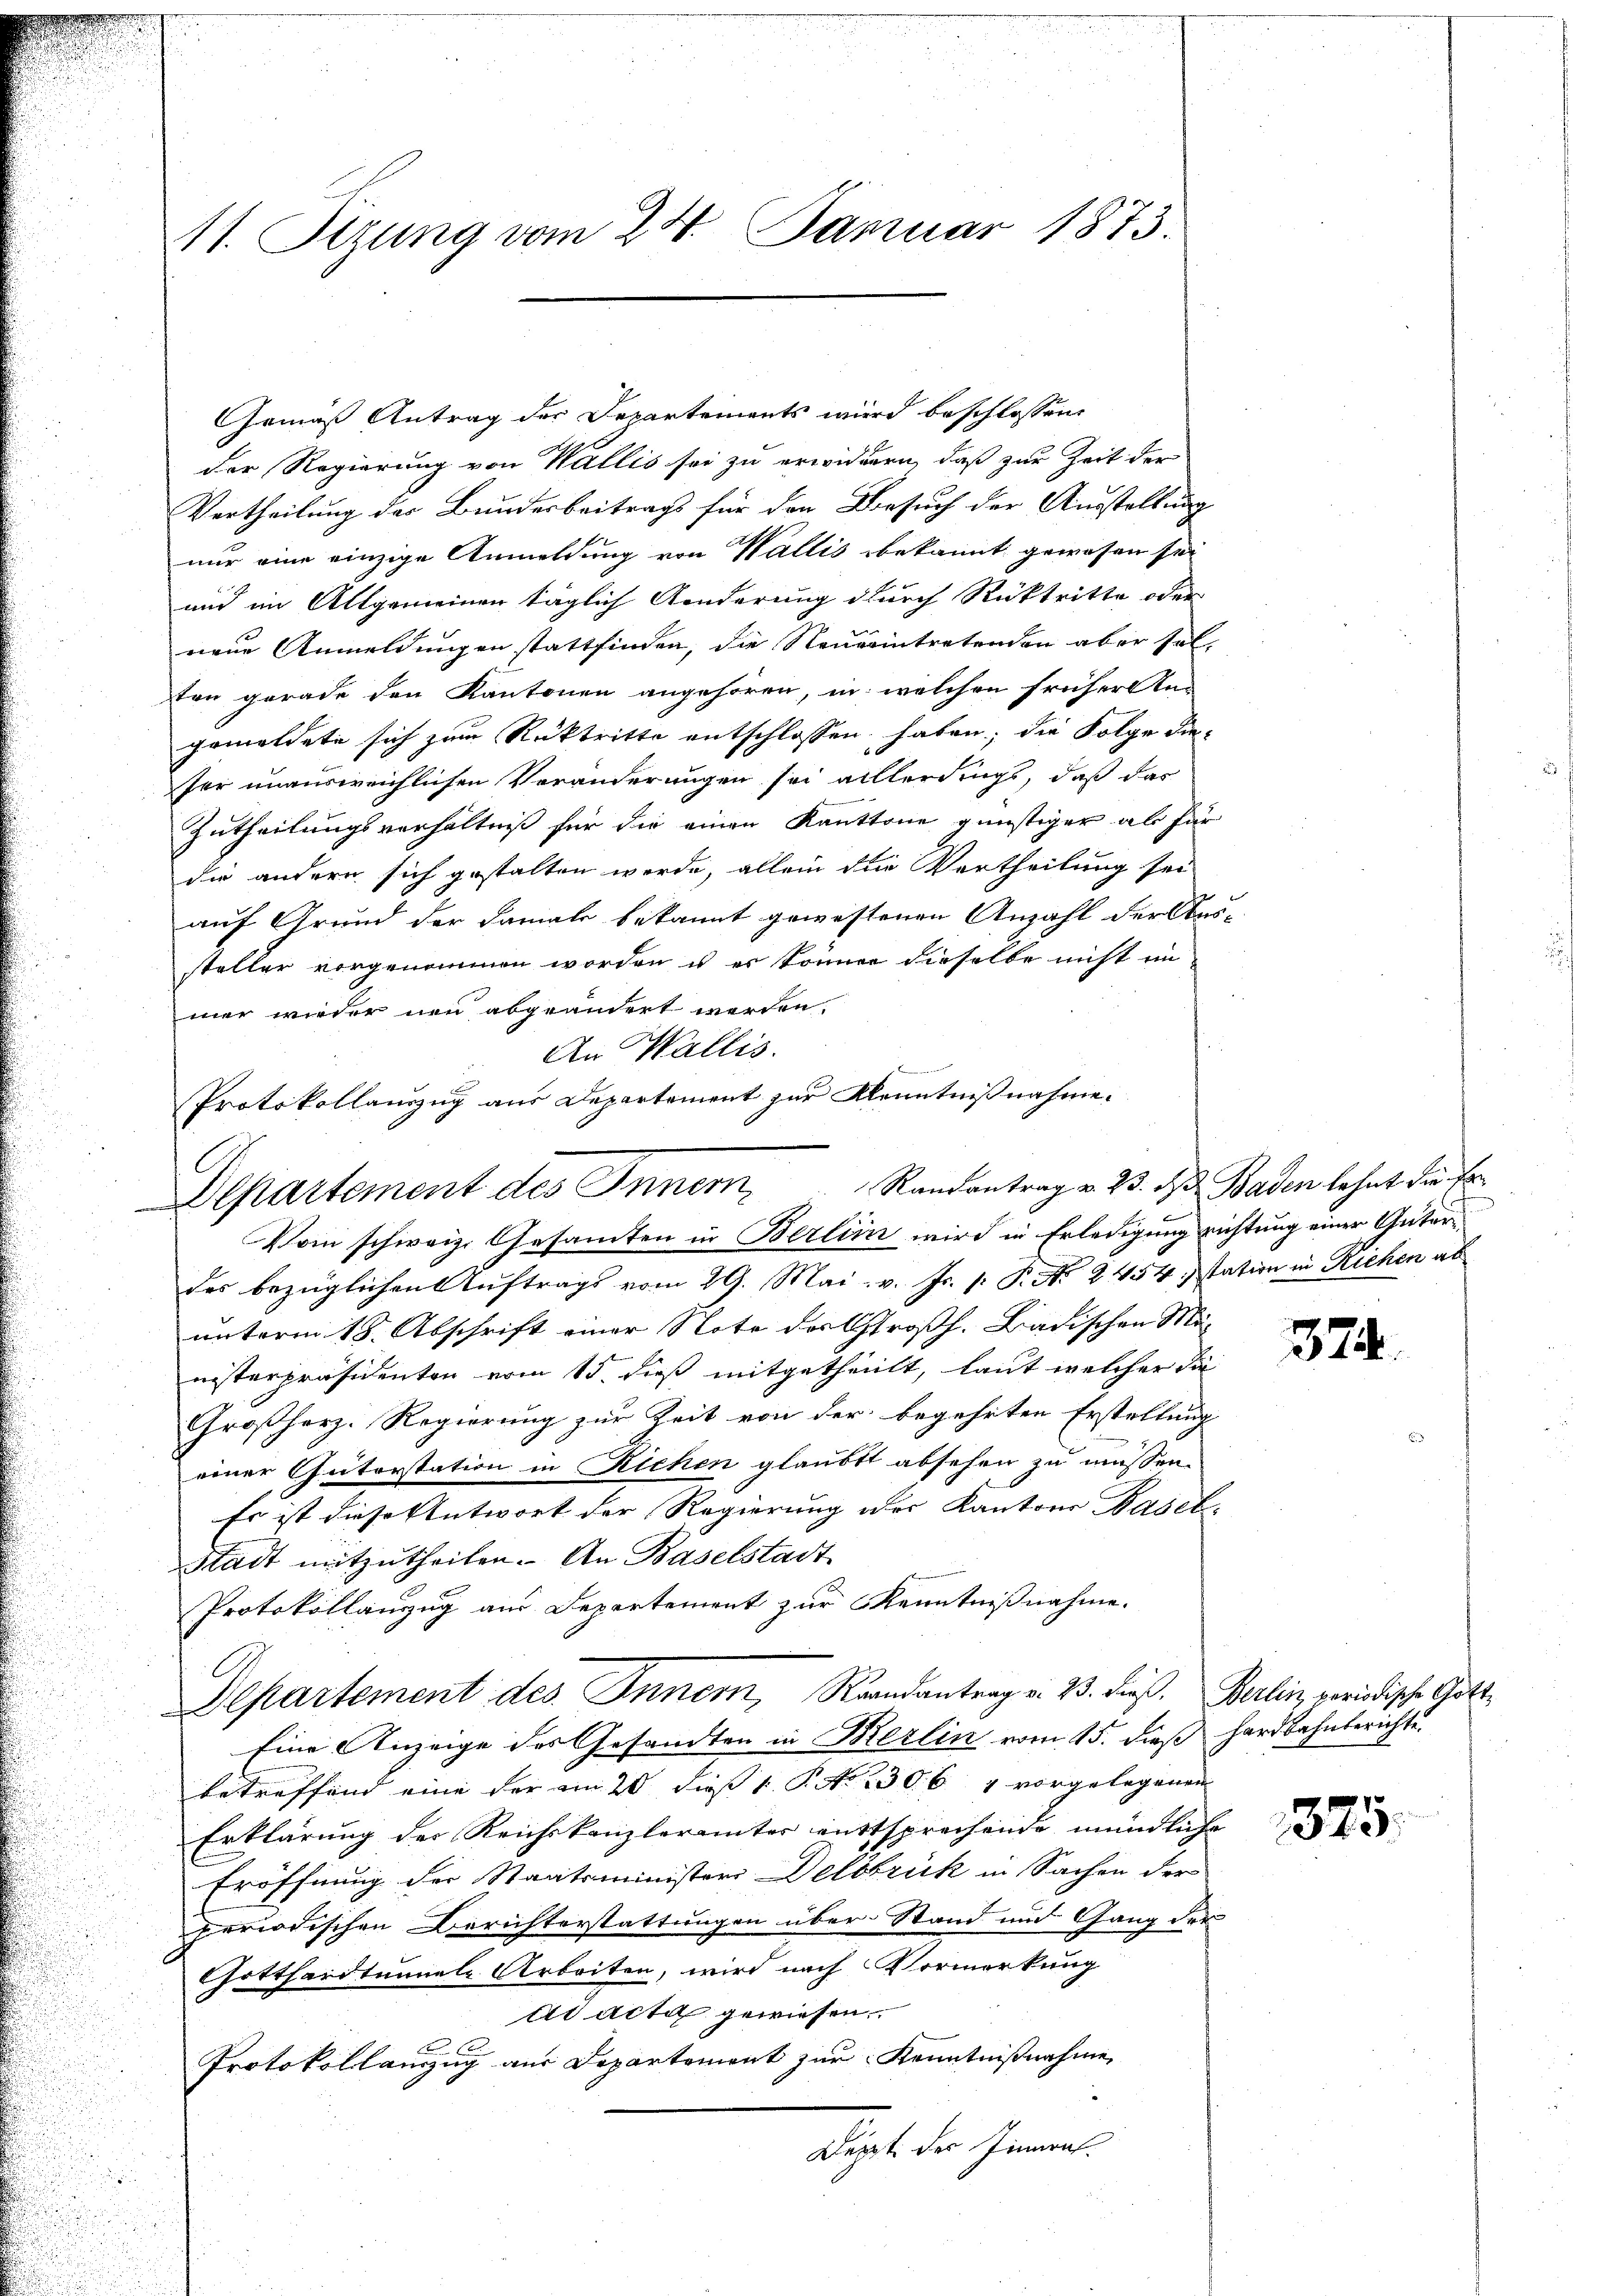
11. Sizung vom 24. Januar 1873.

Gemäß Antrag der Departements wird beschlossen,
der Regierung von Wallis sei zu erwidern, daß zur Zeit der
Vertheilung des Bundesbeitrags für den Besuch der Ausstellung
nur eine einzige Anmeldung von Wallis bekannt gewesen sei
und im Allgemeinen täglich Änderung durch Rücktritte oder
neue Anmeldungen stattfinden, die Neueintretenden aber solten gerade den Kantonen angehören, in welchen frühere Un-
gemeldete sich zum Rücktritte entschlossen haben; die Folge die
ser unausweichlichen Veränderungen sei alllerdings, daß das
Zutheilungsverhältniß für die einen Kantone günstiger als für
die andern sich gestalten werde, allein die Vertheilung sei
auf Grund der damals bekannt gewestenen Anzahl der Aus-
steller vorgenommen worden u es können dieselbe nicht im
mer wieder neu abgeändert worden.
An Wallis.
Protokollauszug aus Departement zur Kenntnißnahme.

A
Departement des Innern,
om schweiz. Gesamten in Berlin wird in Erledigung richtung einer Güter¬

Departement des Inner, Brandantrag v. 23. dieß. Berlin, periodische Gotte

des bezüglichen Auftrags vom 29. Mai. v. Js. [: P. Nr. 2454 station in Richen ab
unterm 18. Abschrift einer Note der Großh. Badischen Manisterpräsidenten vom 15. dieß mitgetheilt, laut welcher die
Großherz. Regierung zur Zeit von der begehrten Erstellung
einer Güterstation in Richen glaubt absehen zu müssen.
Es ist diese Antwort der Regierung der Kantons Basel,
Stadt mitzutheilen. An Baselstadt
Protokollanzug aus Departement zur Kenntnißnahme.
Eine Anzeige des Gesandten in Berlin vom 15. dieß hardbahnberichte.
betreffend eine der am 20. dieß 1. P. No 230. 64 vorgelegenen |
Erklärung der Reichskanzlerämter entsprechende mündliche
Eröffnung der Staatsminister Delsbrück in Sachen der
periodischen Berichterstattungen über Stand und Gang der
Gotthardtunnale Arbeiten, wird nach Vormerkung
ad acta gewiesen.
Protokollanzug aus Departement zur Kenntnißnahme
digt der Gener.

Randantrag v. 23. J. Baden lehnt die Er¬

374.

375.